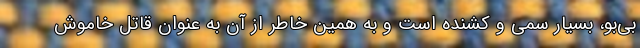
بی‌بو، بسیار سمی و کشنده است و به همین خاطر از آن به عنوان قاتل خاموش